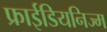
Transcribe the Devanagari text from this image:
फ्राईडियनिज्म